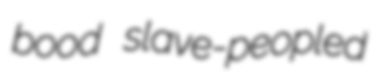
bood slave-peopled